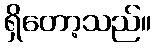
ရှိတော့သည်။